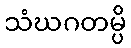
သံဃဂတမ္ပိ